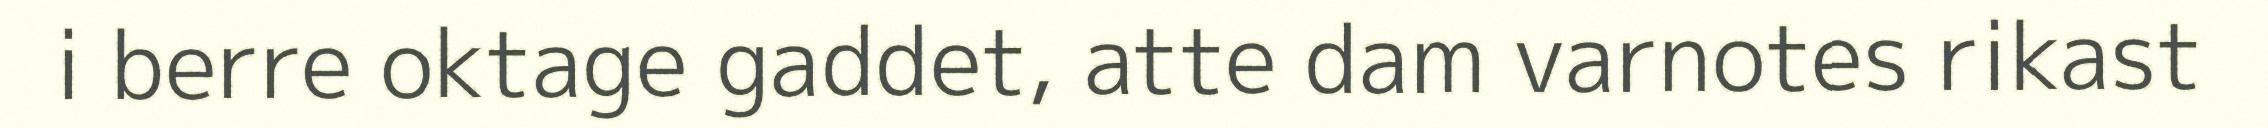
i berre oktage gaddet, atte dam varnotes rikast